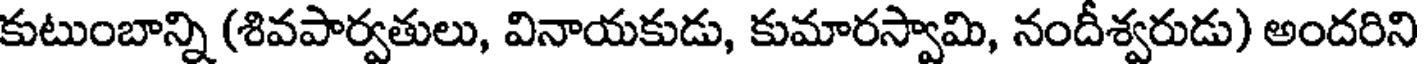
కుటుంబాన్ని (శివపార్వతులు, వినాయకుడు, కుమారస్వామి, నందీశ్వరుడు) అందరిని